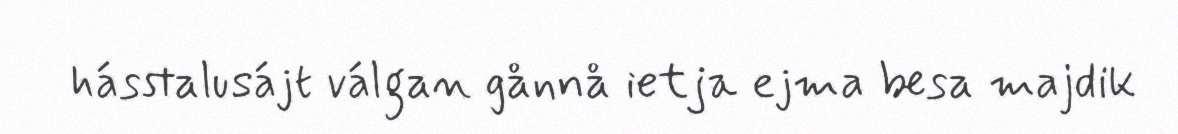
hásstalusájt válgan gånnå ietja ejma besa majdik